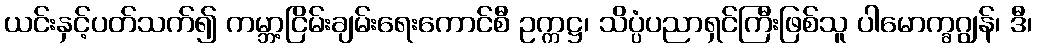
ယင်းနှင့်ပတ်သက်၍ ကမ္ဘာ့ငြိမ်းချမ်းရေးကောင်စီ ဥက္ကဋ္ဌ၊ သိပ္ပံပညာရှင်ကြီးဖြစ်သူ ပါမောက္ခဂျွန်၊ ဒီ၊